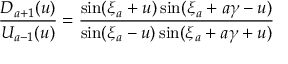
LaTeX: \frac { D _ { a + 1 } ( u ) } { U _ { a - 1 } ( u ) } = \frac { \sin ( \xi _ { a } + u ) \sin ( \xi _ { a } + a \gamma - u ) } { \sin ( \xi _ { a } - u ) \sin ( \xi _ { a } + a \gamma + u ) }